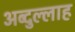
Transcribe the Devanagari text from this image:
अब्‍दुल्‍लाह